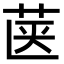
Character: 𮎿